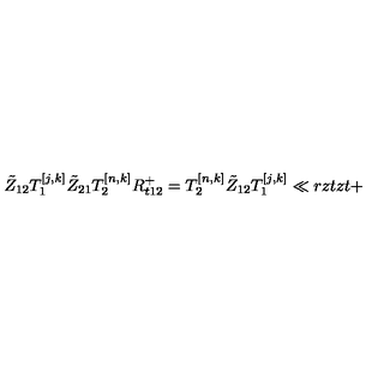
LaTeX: \tilde { Z } _ { 1 2 } T _ { 1 } ^ { [ j , k ] } \tilde { Z } _ { 2 1 } T _ { 2 } ^ { [ n , k ] } { R } _ { t 1 2 } ^ { + } = T _ { 2 } ^ { [ n , k ] } \tilde { Z } _ { 1 2 } T _ { 1 } ^ { [ j , k ] } \ll { r z t z t + }